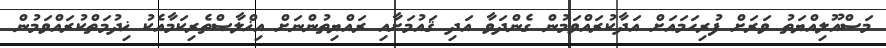
މަސްއޫލިއްޔަތު ވަރަށް ފުރިހަމައަށް އަދާކުރައްވަމުން ގެންދަވާ އަދި ޤައުމަށާއި ރައްޔިތުންނަށް އިޚްލާޞްތެރިކަމާއެކު ޚިދުމަތްކުރައްވަމުން